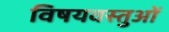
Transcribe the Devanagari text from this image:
विषयवस्‍तुओं